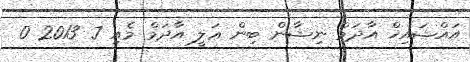
އައްޝައިޚް އާދަމް ނިޝާން ބިން ޢަލީ އާދަމް މެއި 7